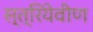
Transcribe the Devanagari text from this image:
स्त्रियेवीण